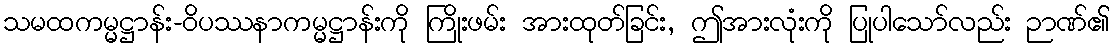
သမထကမ္မဋ္ဌာန်း-ဝိပဿနာကမ္မဋ္ဌာန်းကို ကြိုးဖမ်း အားထုတ်ခြင်း, ဤအားလုံးကို ပြုပါသော်လည်း ဉာဏ်၏